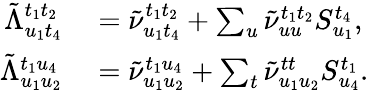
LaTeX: \begin{array}{rl}{\tilde{\Lambda}_{u_{1}t_{4}}^{t_{1}t_{2}}}&{{}=\tilde{\nu}_{u_{1}t_{4}}^{t_{1}t_{2}}+\sum_{u}\tilde{\nu}_{uu}^{t_{1}t_{2}}S_{u_{1}}^{t_{4}},}\\ {\tilde{\Lambda}_{u_{1}u_{2}}^{t_{1}u_{4}}}&{{}=\tilde{\nu}_{u_{1}u_{2}}^{t_{1}u_{4}}+\sum_{t}\tilde{\nu}_{u_{1}u_{2}}^{tt}S_{u_{4}}^{t_{1}}.}\end{array}